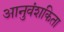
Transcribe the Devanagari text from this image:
आनुवंशकिता